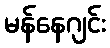
မန်နေဂျင်း